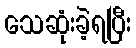
သေဆုံးခဲ့ရပြီး